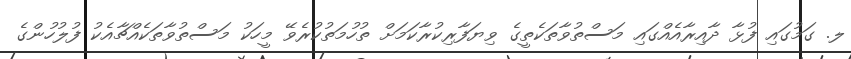
ލ. ގަމުގައި ފުޅާ ދާއިރާއެއްގައި މަސްތުވާތަކެތީގެ ވިޔަފާރިކުރާކަމަށް ތުހުމަތުކުރެވޭ މީހަކު މަސްތުވާތަކެއްޗާއެކު ފުލުހުންގެ